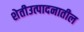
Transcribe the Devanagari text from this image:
शेतीउत्पादनातील